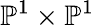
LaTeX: \mathbb{P}^{1}\times\mathbb{P}^{1}